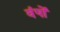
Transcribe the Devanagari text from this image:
वंषों